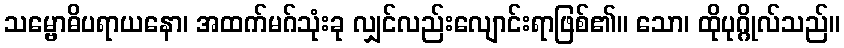
သမ္ဗောဓိပရာယနော၊ အထက်မဂ်သုံးခု လျှင်လည်းလျောင်းရာဖြစ်၏။ သော၊ ထိုပုဂ္ဂိုလ်သည်။